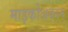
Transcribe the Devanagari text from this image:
माइकोअकान